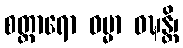
စတ္တာရော ဓမ္မာ ဝဍ္ဎန္တိ၊